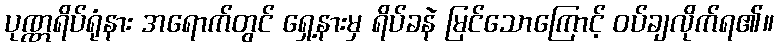
ပုဏ္ဏရိပ်ရုံနား အရောက်တွင် ရှေ့နားမှ ရိပ်ခနဲ မြင်သောကြောင့် ဝပ်ချလိုက်ရ၏။